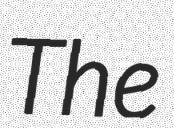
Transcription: The